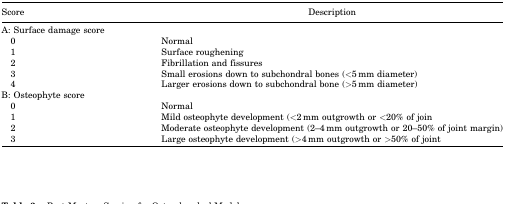
<table><thead><tr><td><b>Score</b></td><td><b>Description</b></td></tr></thead><tbody><tr><td colspan="2">A: Surface damage score</td></tr><tr><td>0</td><td>Normal</td></tr><tr><td>1</td><td>Surface roughening</td></tr><tr><td>2</td><td>Fibrillation and fissures</td></tr><tr><td>3</td><td>Small erosions down to subchondral bones (&lt;5 mm diameter)</td></tr><tr><td>4</td><td>Larger erosions down to subchondral bone (&gt;5 mm diameter)</td></tr><tr><td colspan="2">B: Osteophyte score</td></tr><tr><td>0</td><td>Normal</td></tr><tr><td>1</td><td>Mild osteophyte development (&lt;2 mm outgrowth or &lt;20% of join</td></tr><tr><td>2</td><td>Moderate osteophyte development (2–4 mm outgrowth or 20–50% of joint margin)</td></tr><tr><td>3</td><td>Large osteophyte development (&gt;4 mm outgrowth or &gt;50% of joint</td></tr></tbody></table>